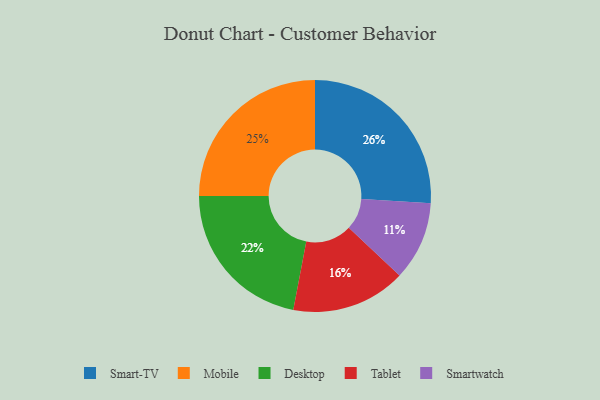
{"axis": {"x": "Category", "y": "Percentage"}, "legend": ["Desktop", "Mobile", "Smart-TV", "Smartwatch", "Tablet"], "data": [{"x": "Desktop", "y": 22, "type": "Desktop"}, {"x": "Smart-TV", "y": 26, "type": "Smart-TV"}, {"x": "Tablet", "y": 16, "type": "Tablet"}, {"x": "Mobile", "y": 25, "type": "Mobile"}, {"x": "Smartwatch", "y": 11, "type": "Smartwatch"}]}